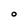
Character: O